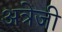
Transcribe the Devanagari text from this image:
अत्रेजी